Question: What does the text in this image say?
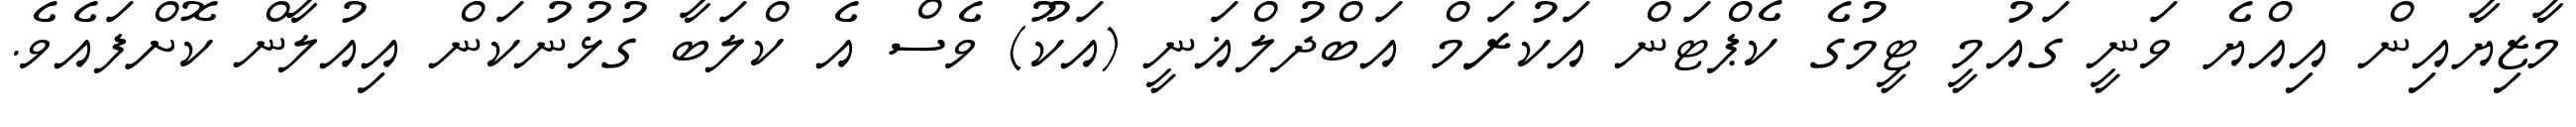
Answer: މާޒިޔާއިން އިއްޔެ ވަނީ ގައުމީ ޓީމުގެ ކެޕްޓަން އަކުރަމް އަބްދުލްޣަނީ (އަކޫ) ވެސް އެ ކްލަބާ ގުޅުނުކަން އިއުލާން ކޮށްފައެވެ.